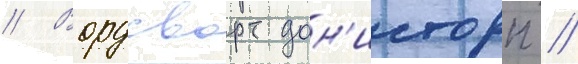
// Вордсворт дон'исторп //